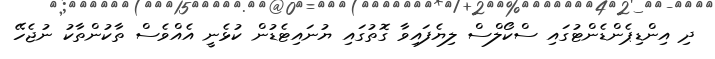
ދި އިންޑިޕެންޑެންޓުގައި ސްކޯލްސް ލިޔެފައިވާ ގޮތުގައި ޔުނައިޓެޑުން ކުޅެނީ އެއްވެސް ތާކުންތާކު ނުޖެހޭ